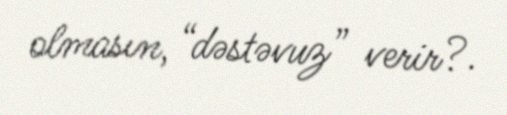
olmasın, “dəstəvuz” verir?.